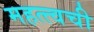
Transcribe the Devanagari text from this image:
महत्त्वची